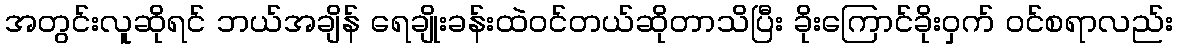
အတွင်းလူဆိုရင် ဘယ်အချိန် ရေချိုးခန်းထဲဝင်တယ်ဆိုတာသိပြီး ခိုးကြောင်ခိုးဝှက် ဝင်စရာလည်း